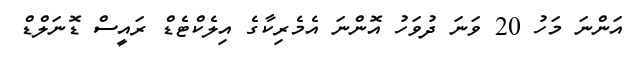
އަންނަ މަހު 20 ވަނަ ދުވަހު އޮންނަ އެމެރިކާގެ އިލެކްޓެޑް ރައީސް ޑޮނަލްޑް